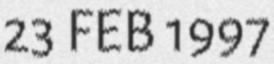
23 FEB 1997